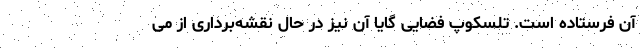
آن فرستاده است. تلسکوپ فضایی گایا آن نیز در حال نقشه‌برداری از می